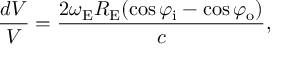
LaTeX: { \frac { d V } { V } } = { \frac { 2 \omega _ { \mathrm { E } } R _ { \mathrm { E } } ( \cos \varphi _ { \mathrm { i } } - \cos \varphi _ { \mathrm { o } } ) } { c } } ,